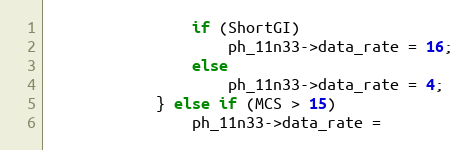
Language: C
				if (ShortGI)
					ph_11n33->data_rate = 16;
				else
					ph_11n33->data_rate = 4;
			} else if (MCS > 15)
				ph_11n33->data_rate =